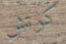
كوتش